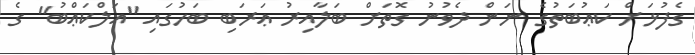
ގެފުޅަށް ކަޢުބަތުގެ ނަން ދެވުނު ގޮތަށް ބަލާއިރު ޢަރަބި ބަހުގައި "އަލްކަޢްބު" ގެ